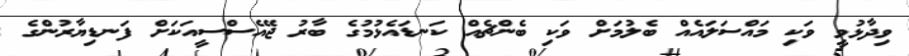
ވިދާޅުވީ ވަކި މައްސަލައެއް ބެލުމަށް ވަކި ބެންޗެއް ކަނޑައެޅުމުގެ ބާރު ޖޭއެސްސީއަކަށް ފަނޑިޔާރުންގެ